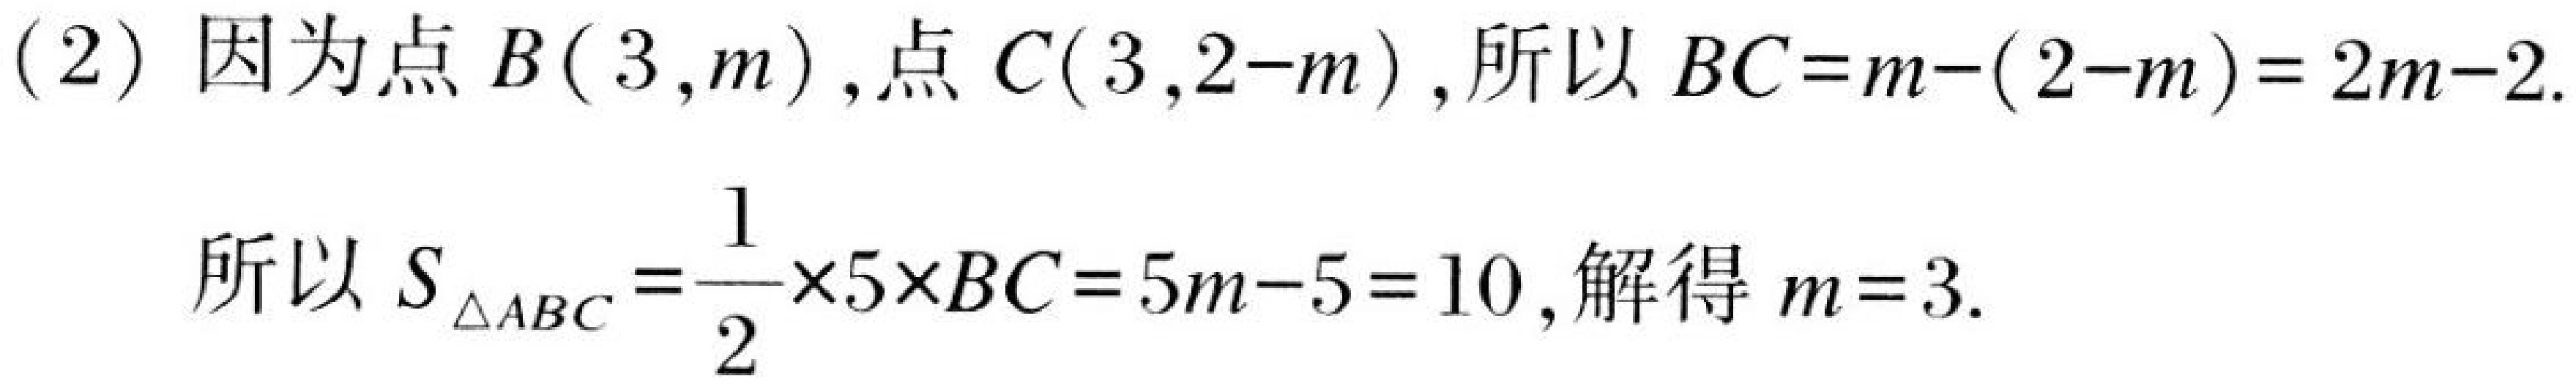
(2) 因为点\(B(3,m)\), 点\(C(3,2 - m)\), 所以\(BC=m-(2 - m)=2m - 2\).
所以\(S_{\triangle ABC}=\dfrac{1}{2}\times5\times BC=5m - 5 = 10\), 解得\(m = 3\).